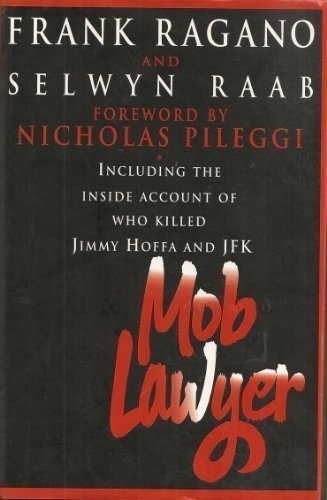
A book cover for Mob Lawyer: Including the Inside Account of Who Killed Jimmy Hoffa and JFK; Frank Ragano; Law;